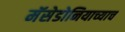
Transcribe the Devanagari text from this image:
मॅसेडोनियाच्याच